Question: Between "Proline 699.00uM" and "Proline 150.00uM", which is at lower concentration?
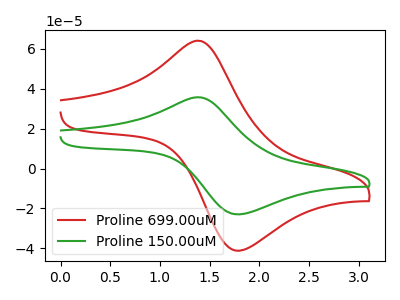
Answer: <think>The red curve "Proline 699.00uM" has an anodic peak at (1.40V, 64.05uA) and a cathodic peak at (1.75V, -41.10uA). The green curve "Proline 150.00uM" has an anodic peak at (1.40V, 35.70uA) and a cathodic peak at (1.75V, -22.90uA).
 All the peaks in "Proline 699.00uM" have a peak in "Proline 150.00uM" at the same potential. Every peak in "Proline 699.00uM" is higher than every peak in "Proline 150.00uM".</think>
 <answer>"Proline 699.00uM" has more signal than "Proline 150.00uM" and so likely has a higher concentration.</answer>
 <eval>more_concentration</eval>